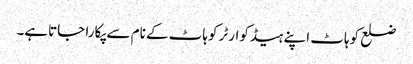
ضلع کوہاٹ اپنے ہیڈکوارٹر کوہاٹ کے نام سے پکارا جاتاہے۔